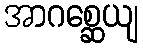
အာဂစ္ဆေယျ